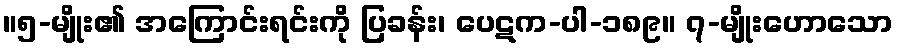
။၅-မျိုး၏ အကြောင်းရင်းကို ပြခန်း၊ ပေဋက-ပါ-၁၈၉။ ၇-မျိုးဟောသော